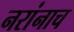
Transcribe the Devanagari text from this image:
नरांनाच